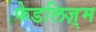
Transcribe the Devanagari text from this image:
फेडलिज़्म